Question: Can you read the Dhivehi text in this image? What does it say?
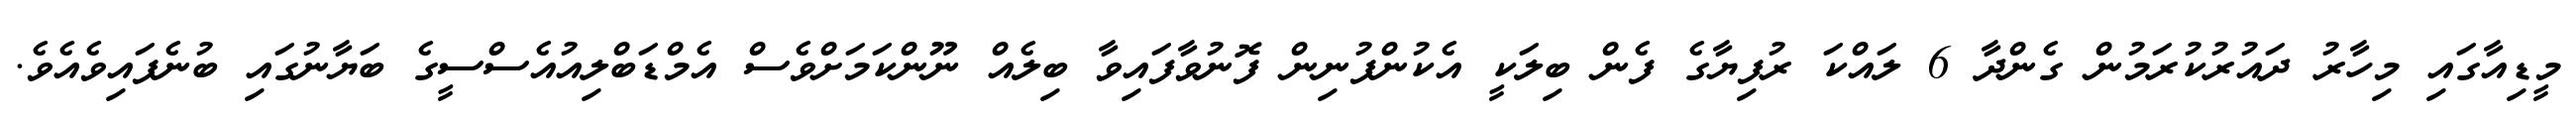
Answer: މީޑިއާގައި މިހާރު ދައުރުކުރަމުން ގެންދާ 6 ލައްކަ ރުފިޔާގެ ފެން ބިލަކީ އެކުންފުނިން ފޮނުވާފައިވާ ބިލެއް ނޫންކަމަށްވެސް އެމްޑަބްލިއުއެސްސީގެ ބަޔާނުގައި ބުނެފައިވެއެވެ.